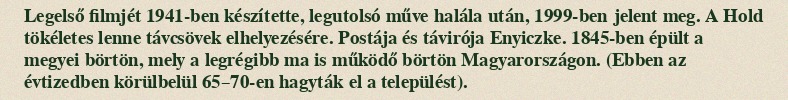
Legelső filmjét 1941-ben készítette, legutolsó műve halála után, 1999-ben jelent meg. A Hold tökéletes lenne távcsövek elhelyezésére. Postája és távirója Enyiczke. 1845-ben épült a megyei börtön, mely a legrégibb ma is működő börtön Magyarországon. (Ebben az évtizedben körülbelül 65–70-en hagyták el a települést).